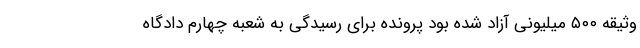
وثیقه ۵۰۰ میلیونی آزاد شده بود پرونده برای رسیدگی به شعبه چهارم دادگاه